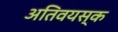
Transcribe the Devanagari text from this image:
अतिवयस्क